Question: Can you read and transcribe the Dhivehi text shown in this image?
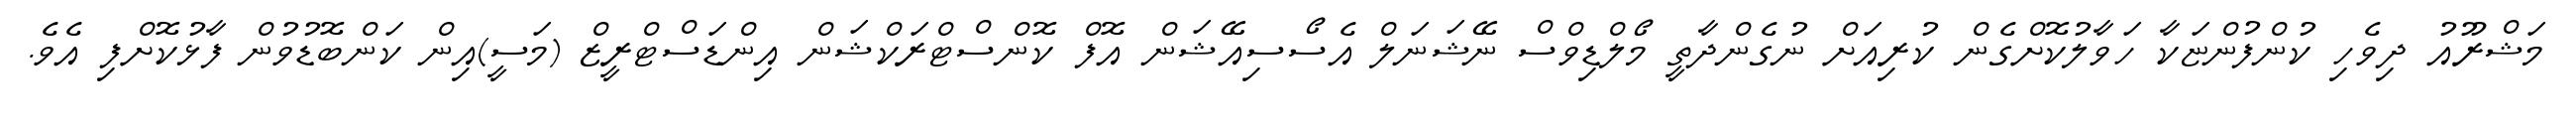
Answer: މަޝްރޫއު ދިވެހި ކުންފުންޏަކާ ހަވާލުކޮށްގެން ކުރިއަށް ނުގެންދާތީ މޯލްޑިވްސް ނޭޝަނަލް އެސޯސިއޭޝަން އޮފް ކޮންސްޓްރަކްޝަން އިންޑަސްޓްރީޒް (މަސީ)އިން ކަންބޮޑުވުން ފާޅުކޮށްފި އެވެ.